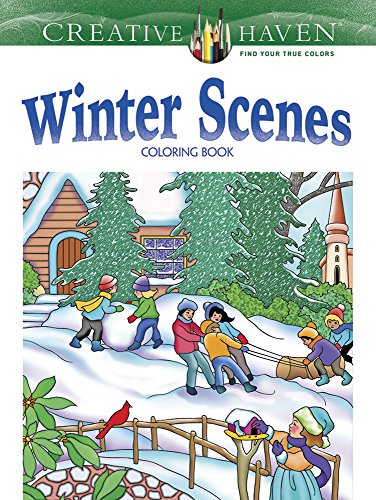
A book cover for Creative Haven Winter Scenes Coloring Book (Creative Haven Coloring Books); Marty Noble; Crafts, Hobbies & Home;